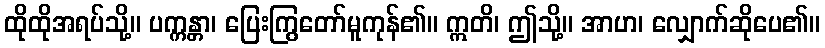
ထိုထိုအရပ်သို့။ ပက္ကန္တာ၊ ပြေးကြွတော်မူကုန်၏။ ဣတိ၊ ဤသို့။ အာဟ၊ လျှောက်ဆိုပေ၏။